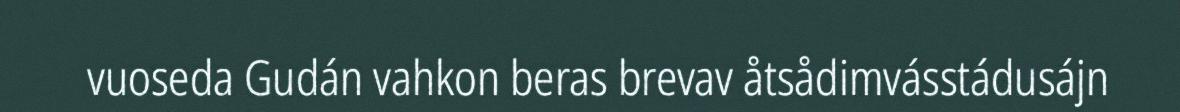
vuoseda Gudán vahkon beras brevav åtsådimvásstádusájn